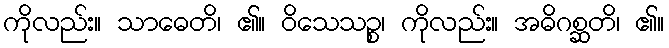
ကိုလည်း။ သာဓေတိ၊ ၏။ ဝိသေသဉ္စ၊ ကိုလည်း။ အဓိဂစ္ဆတိ၊ ၏။